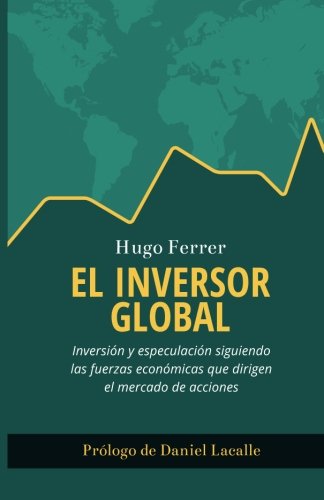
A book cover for El Inversor Global: InversiÃ³n y especulaciÃ³n siguiendo las fuerzas econÃ³micas que dirigen el mercado de acciones (Spanish Edition); Hugo Ferrer; Business & Money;